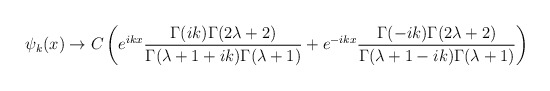
\begin{align*}\psi_k(x) \rightarrow C\left(e^{ikx}\frac{\Gamma(ik)\Gamma(2\lambda +2)}{\Gamma(\lambda+1+ik)\Gamma(\lambda+1)}+e^{-ikx}\frac{\Gamma(-ik)\Gamma(2\lambda +2)}{\Gamma(\lambda+1-ik)\Gamma(\lambda+1)}\right)\end{align*}